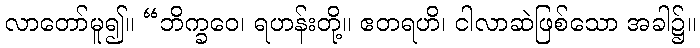
လာတော်မူ၍။ “ဘိက္ခဝေ၊ ရဟန်းတို့။ ဧတရဟိ၊ ငါလာဆဲဖြစ်သော အခါ၌။